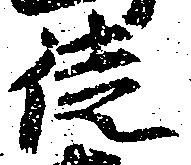
徒